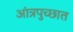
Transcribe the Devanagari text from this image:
आंत्रपुच्छात